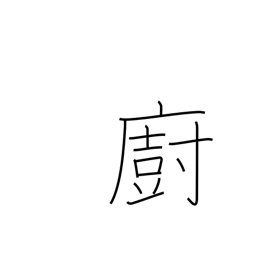
Meaning: kitchen